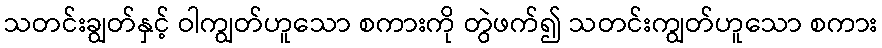
သတင်းချွတ်နှင့် ဝါကျွတ်ဟူသော စကားကို တွဲဖက်၍ သတင်းကျွတ်ဟူသော စကား